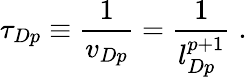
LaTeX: \tau_{Dp}\equiv\frac{1}{v_{Dp}}=\frac{1}{l_{Dp}^{p+1}}\; .